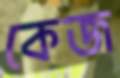
কেজ